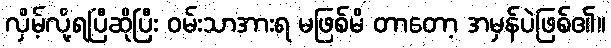
လှိမ့်လို့ရပြီဆိုပြီး ဝမ်းသာအားရ မဖြစ်မိ တာတော့ အမှန်ပဲဖြစ်၏။